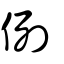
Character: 例